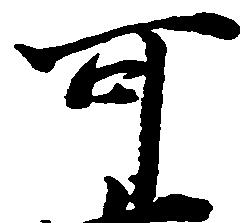
可